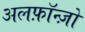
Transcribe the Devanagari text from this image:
अलफ़ॉन्ज़ो